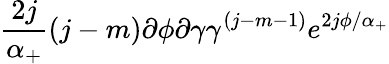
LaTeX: \frac{2j}{\alpha_{+}}(j-m)\partial\phi\partial\gamma\gamma^{(j-m-1)}e^{2j\phi/\alpha_{+}}